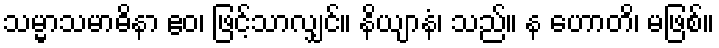
သမ္မာသမာဓိနာ ဧဝ၊ ဖြင့်သာလျှင်။ နိယျာနံ၊ သည်။ န ဟောတိ၊ မဖြစ်။